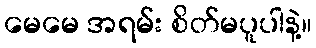
မေမေ အရမ်း စိတ်မပူပါနဲ့။